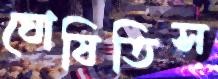
ঘোষিতিস